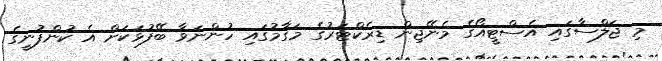
މި ޖަލްސާގައި އެސްޓީއޯގެ މެނޭޖިން ޑިރެކްޓަރުގެ މަގާމުގައި ހުންނަވާ ބޭފުޅަކަށް އެ ކުންފުނީގެ